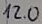
Text: 12.0